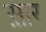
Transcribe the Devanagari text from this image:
स़ार